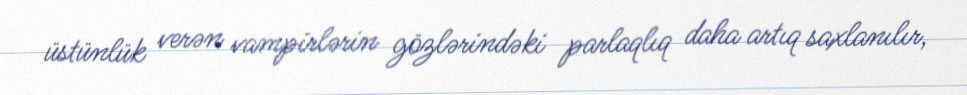
üstünlük verən vampirlərin gözlərindəki parlaqlıq daha artıq saxlanılır,